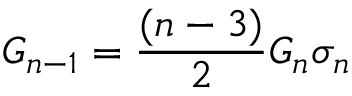
G _ { n - 1 } = \frac { ( n - 3 ) } { 2 } G _ { n } \sigma _ { n }